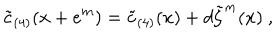
\tilde { c } _ { ( 4 ) } ( x + e ^ { m } ) = \tilde { c } _ { ( 4 ) } ( x ) + d \tilde { \zeta } ^ { m } ( x ) \ ,